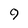
Character: 9